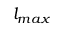
l _ { m a x }